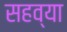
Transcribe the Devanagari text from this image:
सहव्या